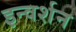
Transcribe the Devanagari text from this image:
इन्वर्शन